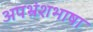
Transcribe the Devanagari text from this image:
अपभ्रंशभाषा